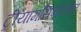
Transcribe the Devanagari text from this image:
ट्रीयामसिनोलोन